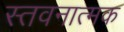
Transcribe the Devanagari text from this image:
स्तवनात्मक